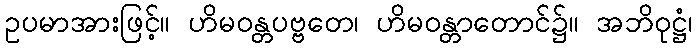
ဥပမာအားဖြင့်။ ဟိမဝန္တပဗ္ဗတေ၊ ဟိမဝန္တာတောင်၌။ အဘိဝုဋ္ဌံ၊